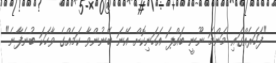
"ފަހަރެއްގައި މަންމަ ނޫނީ ބައްޕަ އަހަނިކޮށް އޭނަ ބޭނުންވާ ކަމެއްގެ ވާހަކަ ބުނެފާނެ"